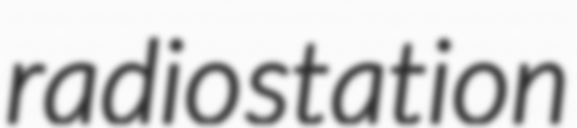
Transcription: radio station